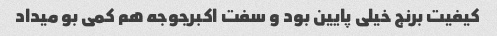
کیفیت برنج خیلی پایین بود و سفت اکبرجوجه هم کمی بو میداد